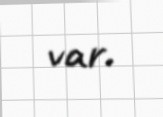
var.